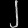
Digit: ၂